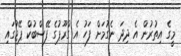
މީގެ އިތުރުން އެ ދިދަ ނެގުމަށް ފަހު އެ ގްރޫޕުގެ ފޭސްބުކް ޕޭޖުގައި